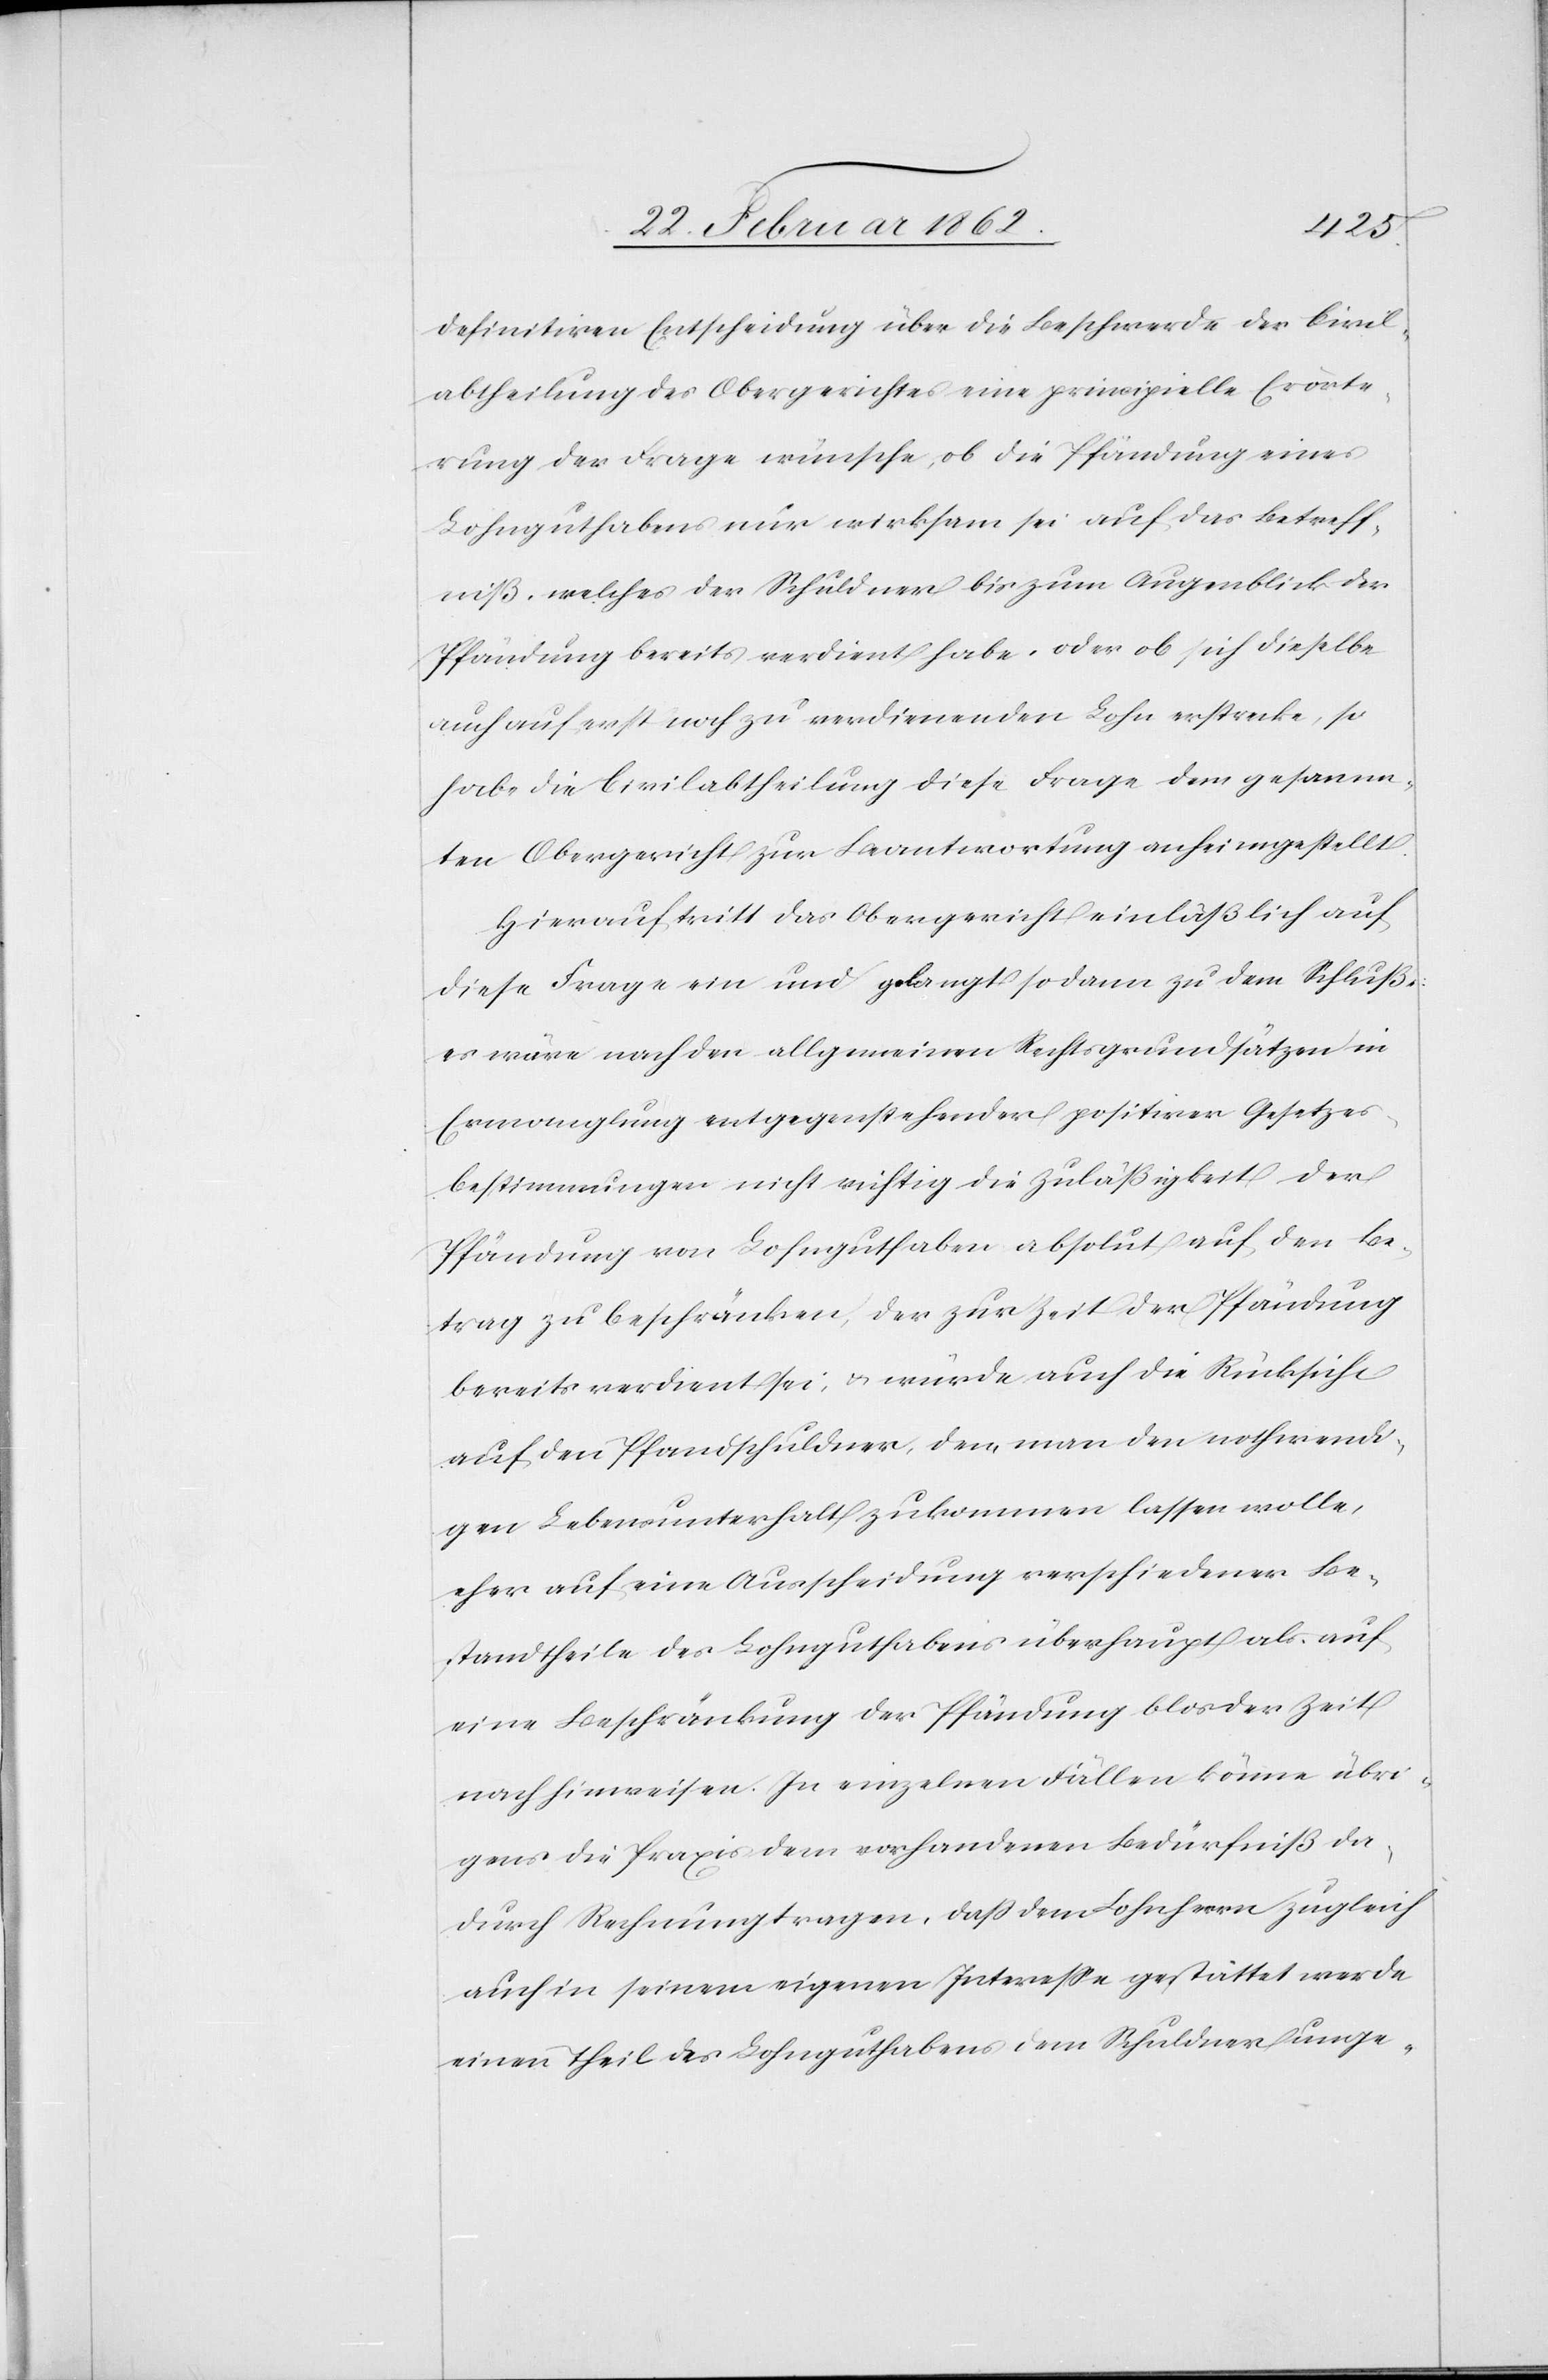
definitiven Entscheidung über die Beschwerde der Civil¬
abtheilung des Obergerichtes eine principielle Erörte¬
rung der Frage wünsche, ob die Pfändung eines
Lohnguthabens nur wirksam sei auf das Betreff¬
niß, welches der Schuldner bis zum Augenblick der
Pfändung bereits verdient habe, oder ob sich dieselbe
auch auf erst noch zu verdienenden Lohn erstrecke, so
habe die Civilabtheilung diese Frage dem gesamm¬
ten Obergericht zur Beantwortung anheimgestellt.
Hierauf tritt das Obergericht einläßlich auf
diese Frage ein und gelangt sodann zu dem Schluße:
es wäre nach den allgemeinen Rechtsgrundsätzen in
Ermanglung entgegenstehender positiver Gesetzes¬
bestimmungen nicht richtig die Zuläßigkeit der
Pfändung von Lohnguthaben absolut auf den Be¬
trag zu beschränken, der zur Zeit der Pfändung
bereits verdient sei, & würde auch die Rücksicht
auf den Pfandschuldner, dem man den nothwendi¬
gen Lebensunterhalt zukommen lassen wolle,
eher auf eine Ausscheidung verschiedener Be¬
standtheile des Lohnguthabens überhaupt als auf
eine Beschränkung der Pfändung blos der Zeit
nach hinweisen. In einzelnen Fällen könne übri¬
gens die Praxis dem vorhandenen Bedürfniß da¬
durch Rechnung tragen, daß dem Lohnherrn zugleich
auch in seinem eigenen Intereße gestattet werde
einen Theil des Lohnguthabens dem Schuldner unge-